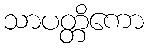
သာပတ္တိကော